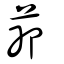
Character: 茆